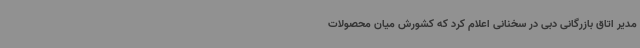
مدیر اتاق بازرگانی دبی در سخنانی اعلام کرد که کشورش میان محصولات